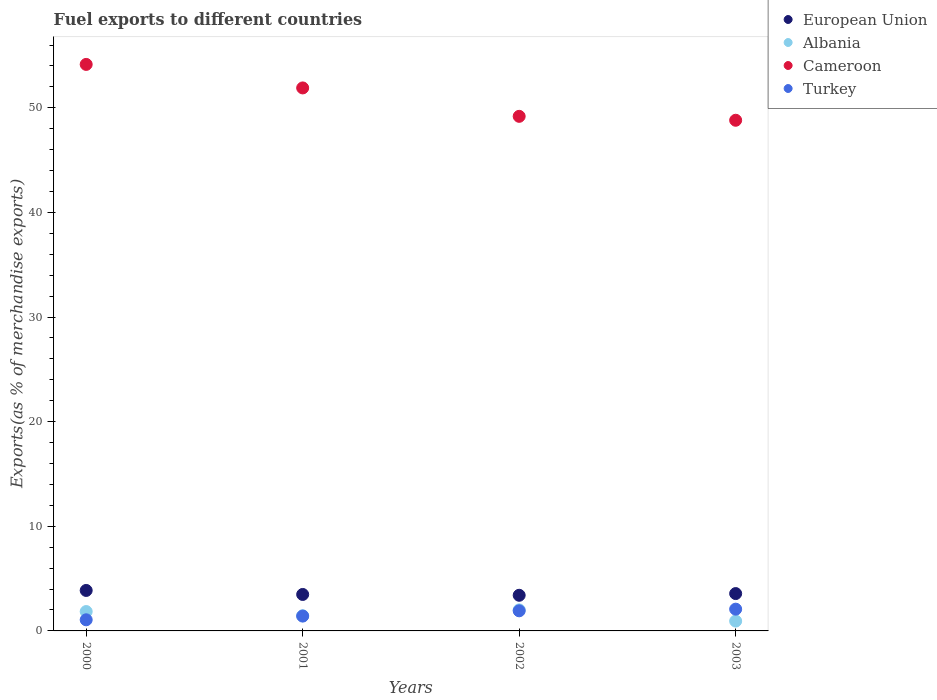
| Years | European Union | Albania | Cameroon | Turkey |
 | --- | --- | --- | --- | --- |
 | 2000 | 3.87 | 1.85 | 54.2 | 1.06 |
 | 2001 | 3.49 | 1.45 | 51.9 | 1.42 |
 | 2002 | 3.41 | 2.01 | 49.2 | 1.92 |
 | 2003 | 3.57 | 0.939 | 48.8 | 2.08 |